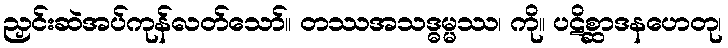
ညှင်းဆဲအပ်ကုန်လတ်သော်။ တဿအသဒ္ဓမ္မဿ၊ ကို။ ပဋိစ္ဆာဒနဟေတု၊